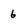
Character: 6